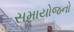
સમાયોજનો